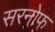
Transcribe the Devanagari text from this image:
सरनोफ